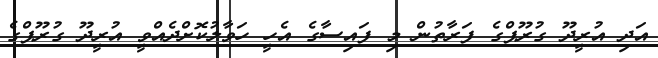
އަދި އުރީދޫ ގުރޫޕްގެ ފަރާތުން މި ފައިސާގެ އެހީ ހަވާލުކޮށްދެއްވީ އުރީދޫ ގުރޫޕްގެ